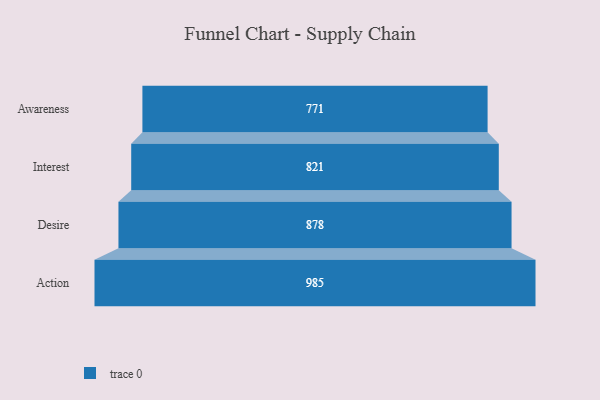
{"axis": {"x": "Stage", "y": "Value"}, "legend": [""], "data": [{"x": "Awareness", "y": 771.0, "type": ""}, {"x": "Interest", "y": 821.0, "type": ""}, {"x": "Desire", "y": 878.0, "type": ""}, {"x": "Action", "y": 985.0, "type": ""}]}